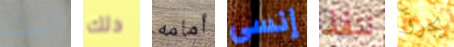
لست دلك أمامه إنسى ننفذ يجرؤ